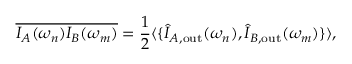
\overline { { I _ { A } ( \omega _ { n } ) I _ { B } ( \omega _ { m } ) } } = \frac { 1 } { 2 } \langle \{ \hat { I } _ { A , \mathrm { o u t } } ( \omega _ { n } ) , \hat { I } _ { B , \mathrm { o u t } } ( \omega _ { m } ) \} \rangle ,